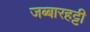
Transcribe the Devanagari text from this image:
जब्‍बारहट्टी